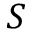
S